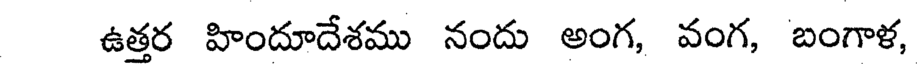
ఉత్తర హిందూదేశము నందు అంగ, వంగ, బంగాళ,